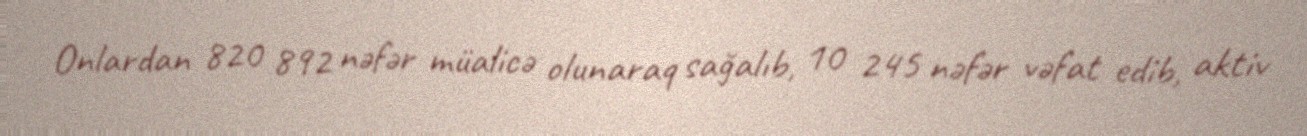
Onlardan 820 892 nəfər müalicə olunaraq sağalıb, 10 245 nəfər vəfat edib, aktiv